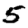
Digit: 5